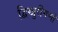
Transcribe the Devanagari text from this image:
द्विखुरीगणों